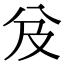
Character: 𠬬